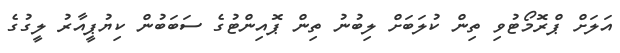
އަލަށް ޕްރޮމޯޓުވި ތިން ކުލަބަށް ލިބުނު ތިން ޕޮއިންޓުގެ ސަބަބުން ކިޔުޕީއާރު ލީގުގެ